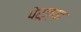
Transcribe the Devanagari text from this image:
पेरूज्या